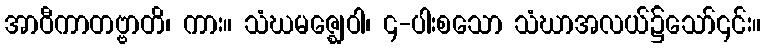
အာဝီကာတဗ္ဗာတိ၊ ကား။ သံဃမဇ္ဈေဝါ၊ ၄-ပါးစသော သံဃာအလယ်၌သော်၎င်း။